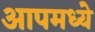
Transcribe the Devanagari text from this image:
आपमध्ये